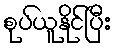
စုပ်ယူနိုင်ပြီး